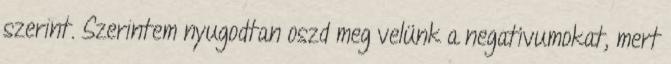
szerint. Szerintem nyugodtan oszd meg velünk a negatívumokat, mert